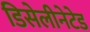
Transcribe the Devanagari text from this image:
डिसेलीनेटेड